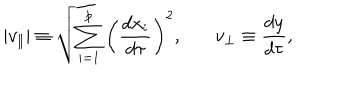
LaTeX: | v _ { \parallel } | \equiv \sqrt { \sum _ { i = 1 } ^ { p } \left( { \frac { d x _ { i } } { d \tau } } \right) ^ { 2 } } , \ \ \ v _ { \perp } \equiv { \frac { d y } { d \tau } } ,